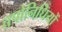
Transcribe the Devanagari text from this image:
तपोनिधियों